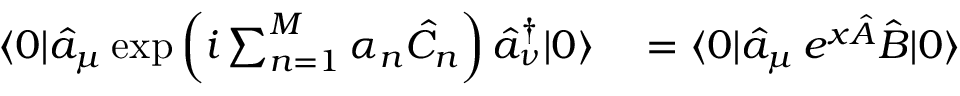
\begin{array} { r l } { \langle 0 | \hat { a } _ { \mu } \exp \left( i \sum _ { n = 1 } ^ { M } \alpha _ { n } \hat { C } _ { n } \right) \hat { a } _ { \nu } ^ { \dagger } | 0 \rangle } & { { } = \langle 0 | \hat { a } _ { \mu } \, e ^ { x \hat { A } } \hat { B } | 0 \rangle } \end{array}